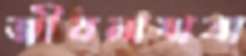
জীবনাযাত্রা